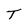
Character: T